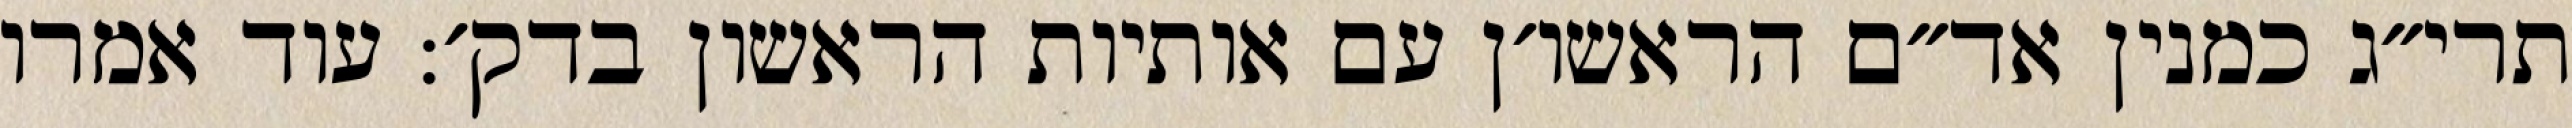
תרי״ג כמנין אד״ם הראשו׳ן עם אותיות הראשון בדק׳: עוד אמרו